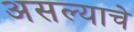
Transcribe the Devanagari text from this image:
असल्‍याचे